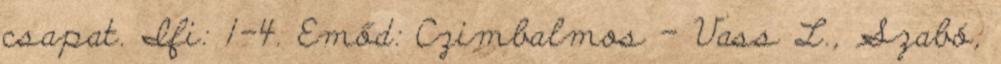
csapat. Ifi: 1-4. Emőd: Czimbalmos – Vass L., Szabó,